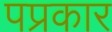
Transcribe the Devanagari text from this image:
पप्रकार